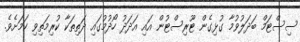
ސިސްޓަމް ބަދަލުވުމާ ގުޅިގެން ޓޫރިސްޓުން އައި އަދަދު ހޯދުމުގައި ދަތިތަކާ ކުރިމަތިވި ކަމަށެވެ.